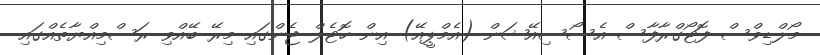
މޯލްޑިވްސް ފޮޓޯގްރާފާސް އެސޯސިއޭޝަން (އެމްޕީއޭ) އިން ހޮޓެލް ޖެންގައި މިރޭ ބޭއްވި ރަސްމިއްޔާތެއްގައި